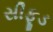
સીફૂડ